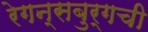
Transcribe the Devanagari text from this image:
रेगन्सबुर्गची